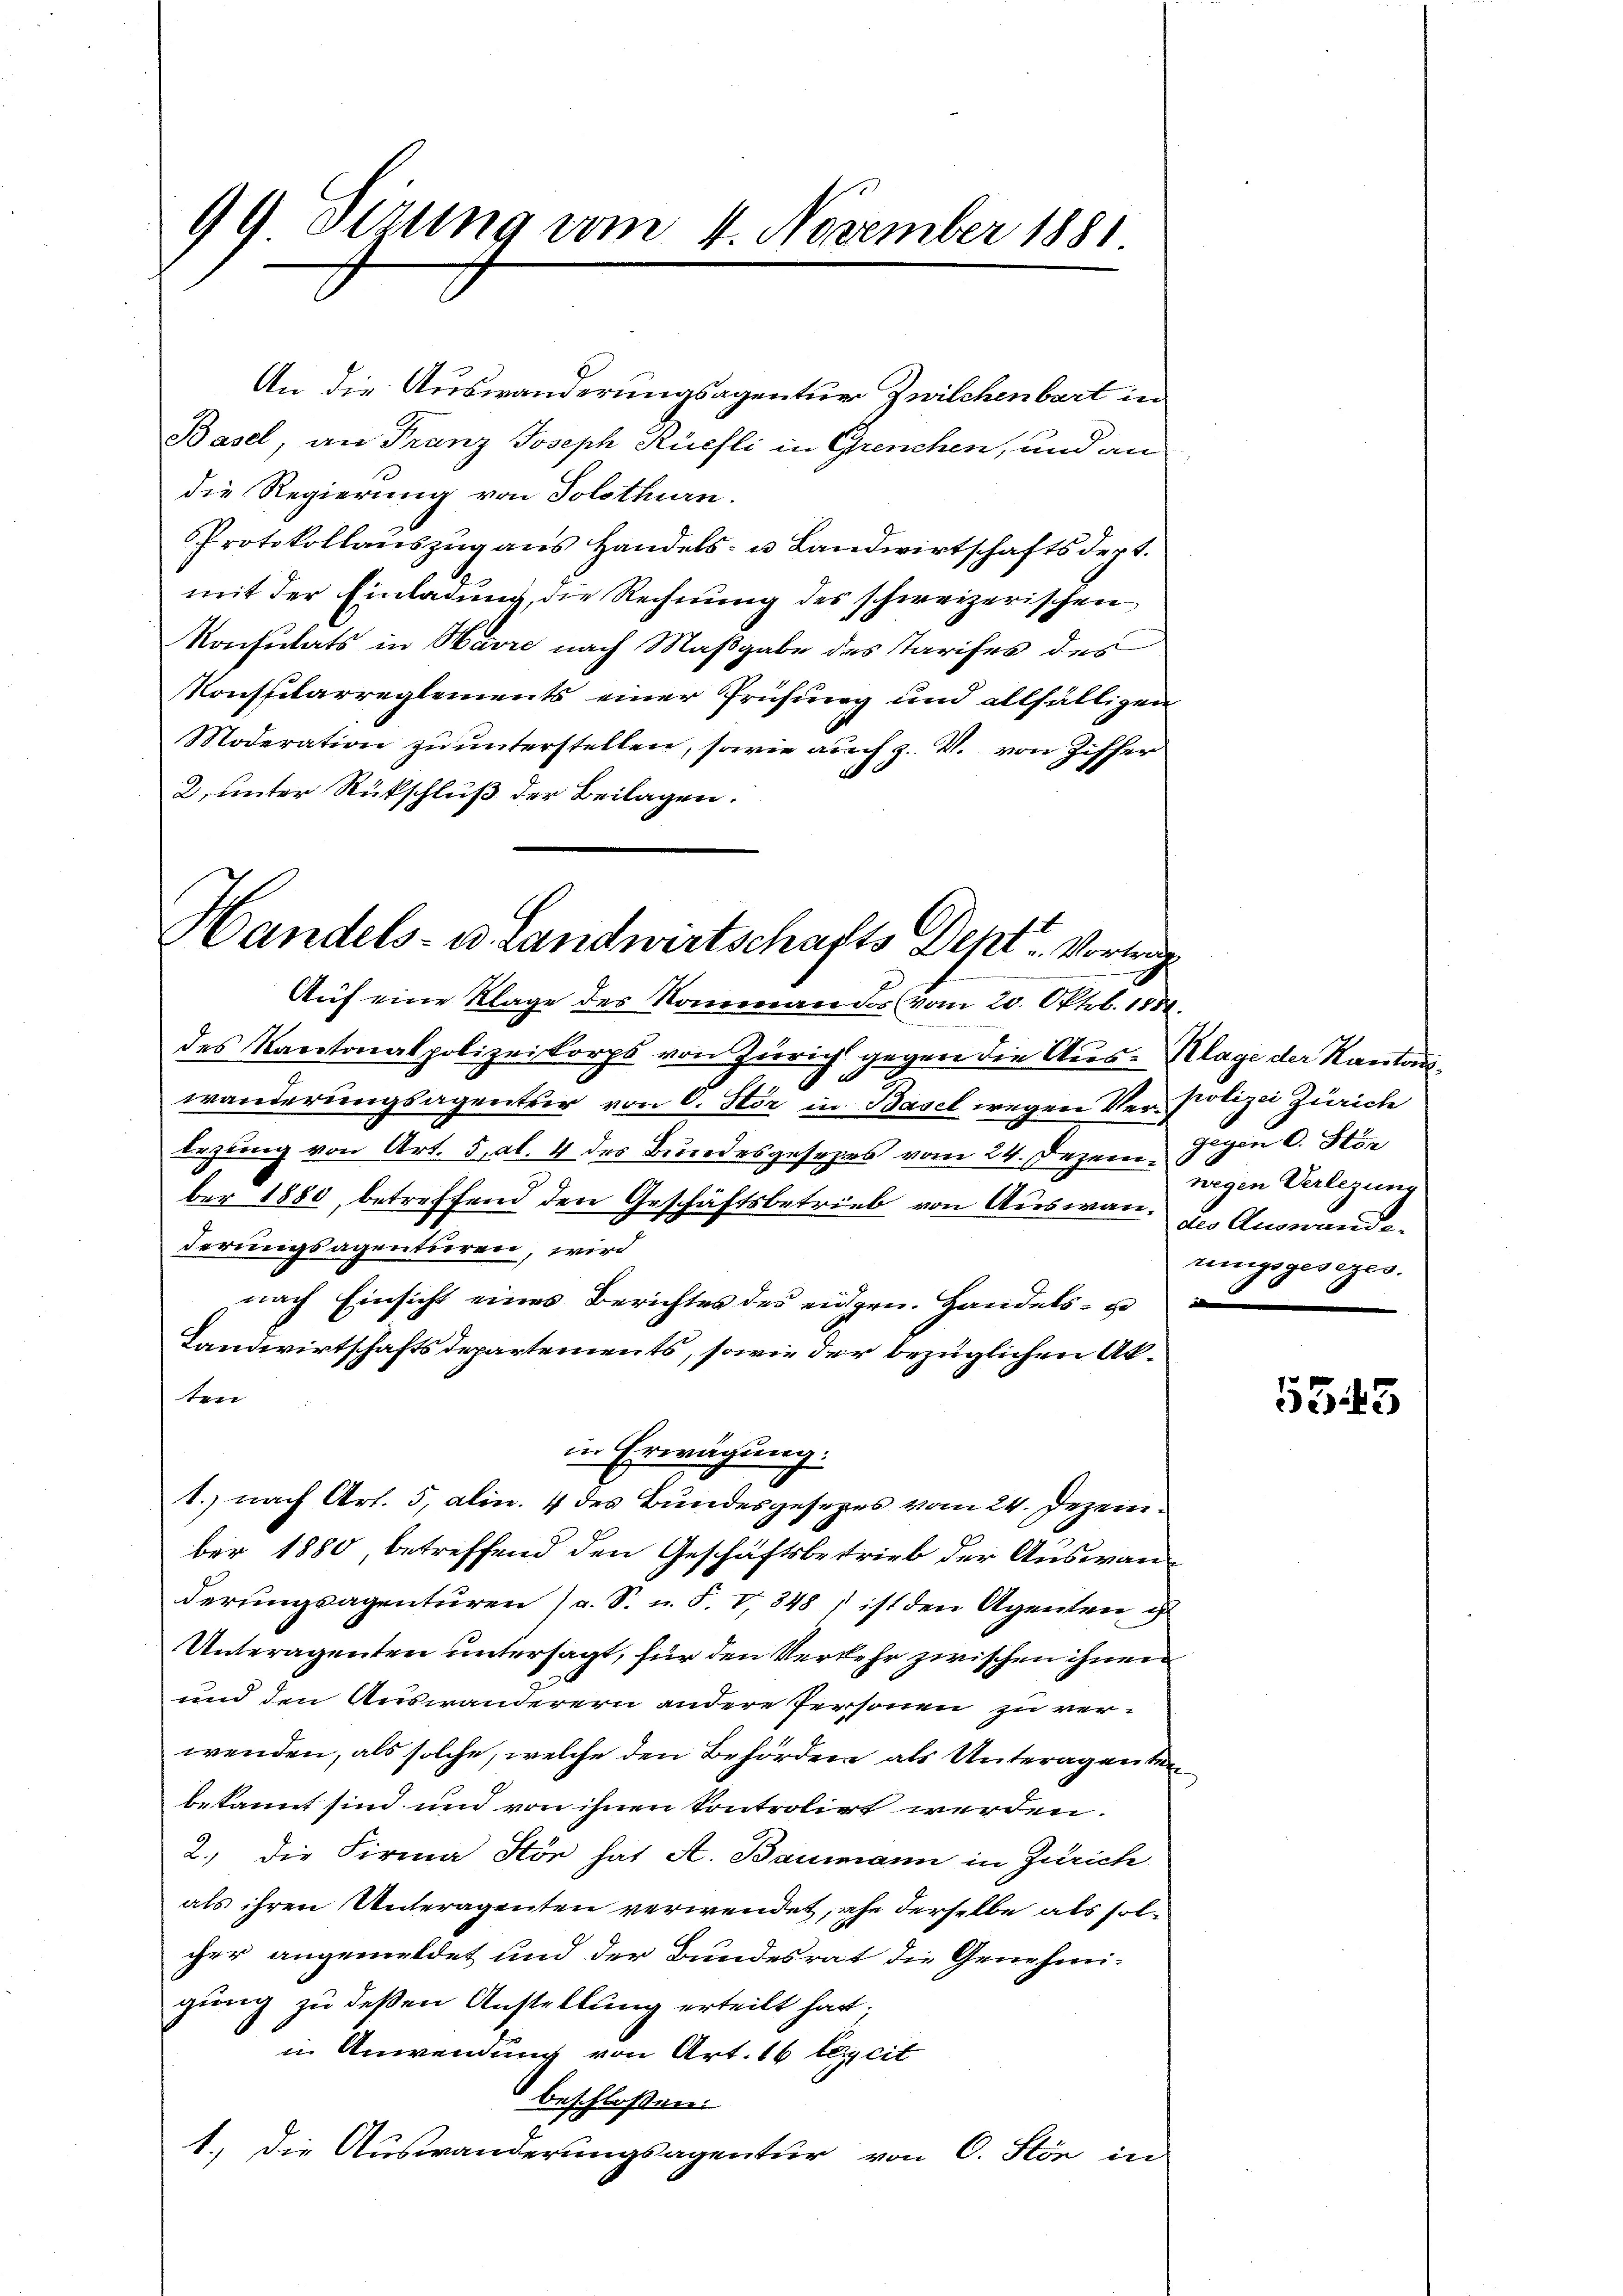
99 Sizung vom 4. November 1881

An die Auswanderungsagentur Zwilchenbart in
Basel, an Franz Joseph Rüefli in Grenchen, und an
die Regierung von Solothurn.
Protokollauszug aus Handels- u. Landwirtschaftsdept.
mit der Einladung, die Rechnung des schweizerischen
Konsulats in Harre nach Maßgabe des Tarifes des
Konspilarreglements einer Prüfung und allfälligen
Moderation zu unterstellen, sowie auch z. V. von Ziffer
2. unter Rückschluß der Beilagen.

Handels- u. Landwirtschafts Dent Vorleg

Auf eine Klage des Nommandos vom 20. Oktob. 1881.
des Kantonalpolizeikorps von Zürich gegen die Aus-Klage der Kantan¬
5
wanderungsagenter von C. Stör in Basel wegen Ver- Polizei Zürich
Lezung von Art. 5, Al. 4 des Bundesgesezes vom 24. Dezem Gegen C. Stör
ber 1880, betreffend den Geschäftsbetrieb von Auswan. In Auswandederungsagenturen, wird
nach Einsicht eines Berichtes des eidgen. Handels- u
Landwirtschaftsdepartements, sowie der bezüglichen Akten
in Erwägung.
1.) nach Art. 5, alin. 4 des Bundesgesezes vom 24. Dezember 1880, betreffend den Geschäftsbetrieb der Auswanderungsagenturen (a. S. u. F. V. 348) ist den Agenten u
Unteragenten untersagt, für den Verkehr zwischen ihnen
und den Auswanderern andere Personen zu verwenden, als solche, welche den Behörden als Unteragenten
bekannt sind und von ihnen Kontrolirt werden.
2.) Die Firma Stön hat A. Baumann in Zürich
als ihren Unteragenten verwendet, ehe derselbe als solcher angemeldet und der Bundesrat die Genehmi-
gung zu deßen Anstellung erteilt hat;
in Anwendung von Art. 16 lecit
beschloßen:
1.) Die Auswanderungsagentur von C. Stön in

wigen Verlegung
rungsgesezes.

5543